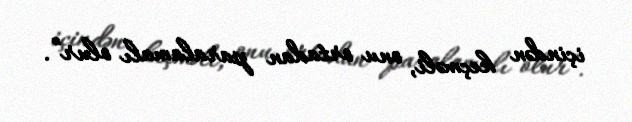
içindən keçməli, onu ortadan paralamalı olur”.